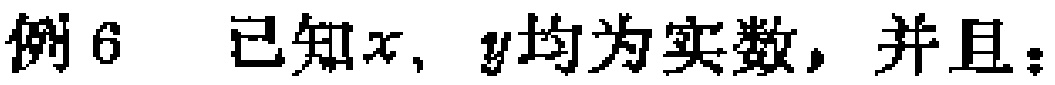
例6 已知\(x,y\)均为实数，并且：